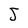
Character: J